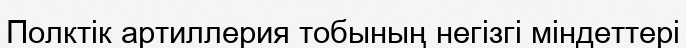
Полктік артиллерия тобының негізгі міндеттері